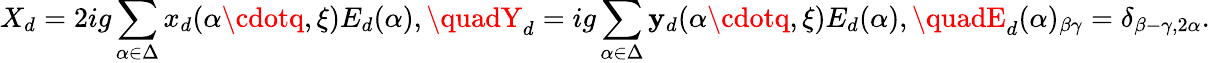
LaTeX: X_{d}=2ig\sum_{\alpha\in\Delta}x_{d}(\alpha\cdotq,\xi)E_{d}(\alpha),\quadY_{d}=ig\sum_{\alpha\in\Delta}\mathbf{y}_{d}(\alpha\cdotq,\xi)E_{d}(\alpha),\quadE_{d}(\alpha)_{\beta\gamma}=\delta_{\beta-\gamma,2\alpha}.